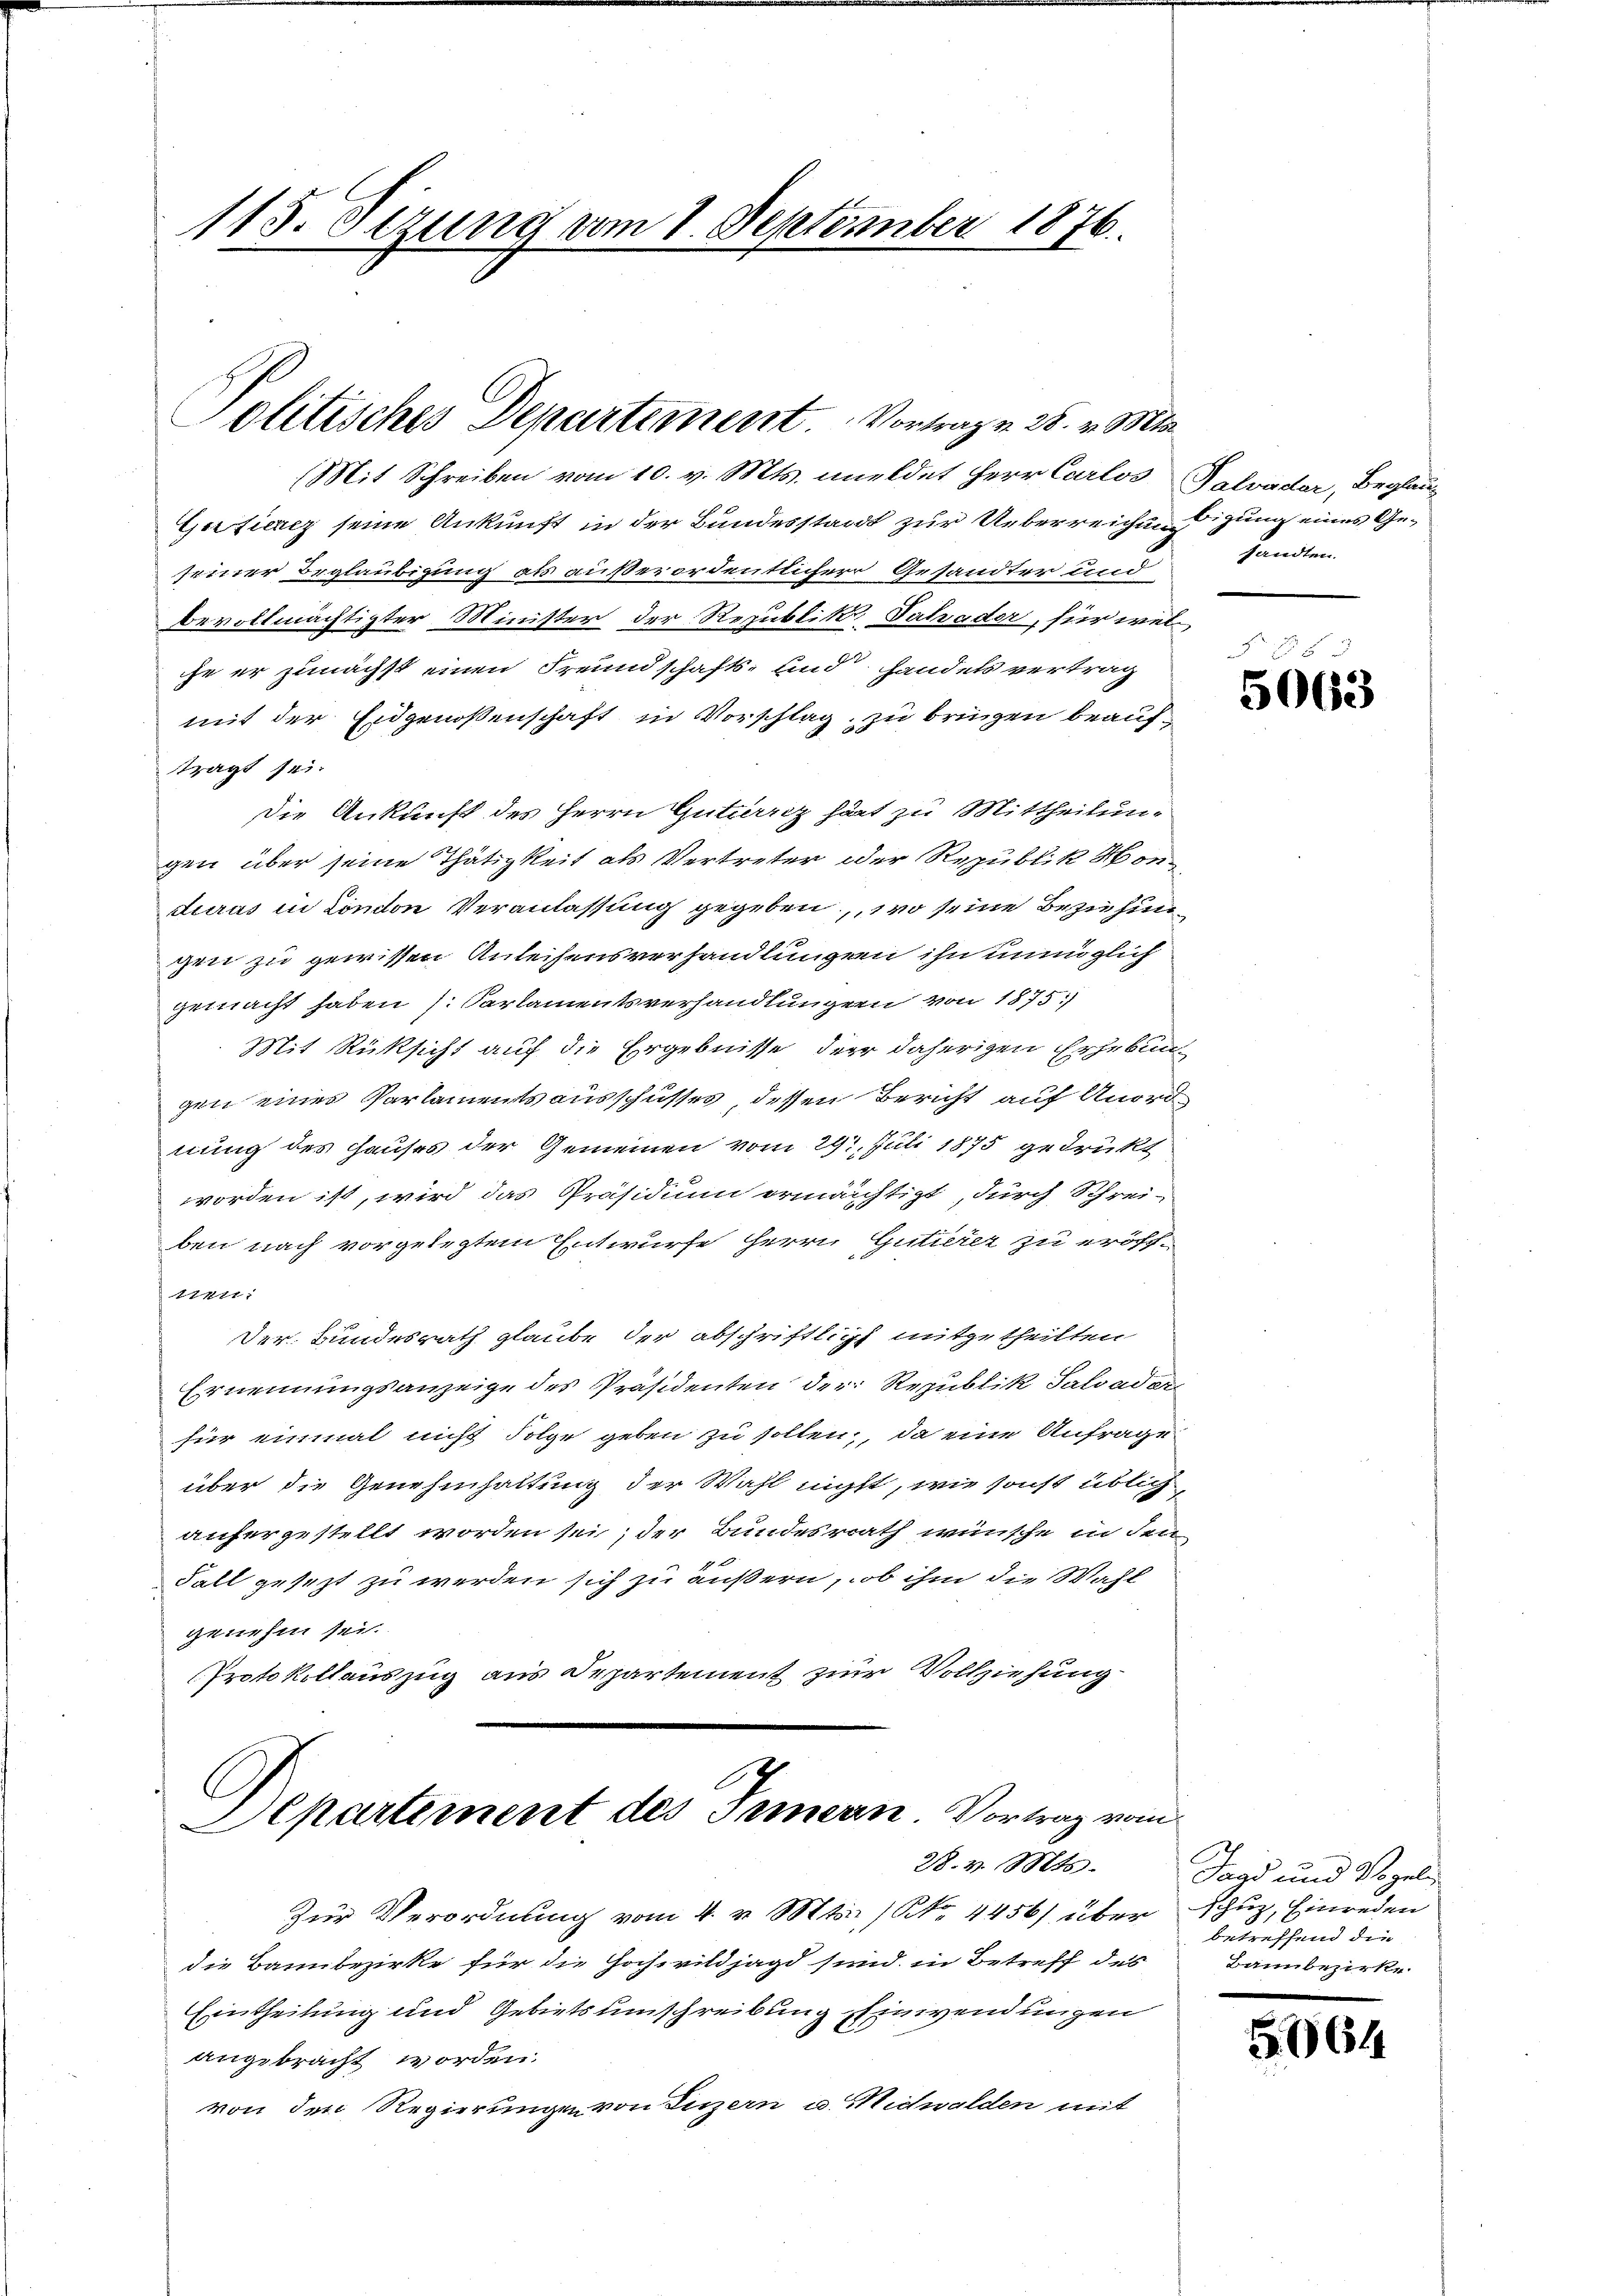
115. Sizung vom 1. September 1876.

Politisches Departement. Vortragen 25. v. Mts.

Mit Schreiben vom 10. v. Mts. meldet Herr Carlos Salvader, Beglau¬
Gefierez seine Ankunft in der Bundesstaat zur Ueberreichnigung eines Geseiner Beglaubigung als außerordentlicherr Gesandter und
bevollmächtigter Minister der Republik Tatsader, für welche er zunächst einen Freundschafts- und Handels vertrag
mit der Eidgenossenschaft in Vorschlag, zu bringen beaufträgt sei.
Die Ankunft des Herrn Guttarz hat zu Mittheilungen über seine Thätigkeit als Vertreter oder Republik Honduras in London Veranlassung gegeben, wo seine Beziehun
gen zu gewissen Anleihensverhandlungen ihn unmöglich
gemacht haben (Parlamentsverhandlungen von 1875.
Mit Rücksicht auf die Ergebnisse der daherigen Erhebun
gen einer Parlamentsausschusses dessen Bericht auf Anordnung des Hauses der Gemeinen vom 29. Juli 1875 gedrückt
worden ist, wird das Präsidium ermächtigt, durch Schrei-
ben nach vorgelegtem Entwurfe Herrn Gutierer zu eröff-
7411.
Der Bundesrath glaube der abschriftlich mitgetheilten
Ernennungsanzeige des Präsidenten der Republik Salvader
für einmal nicht Folge geben zu sollen, da eine Anfrage
über die Genehmhaltung der Wahl nichtt, wie sonst üblich
aufergestellt worden sei; der Bundesrath wünsche in den
Fall gesezt zu werden sich zu äußern, ob ihm die Wahl
genehm sei.
Protokollauszug aus Departement zur Vollziehung
2
Separtement des Innern Vortrag vom
28. v. Mts.
Zur Verordnung vom 4. v. Mts. (N. 4456) über schuz, Einreden
die Bannbezirke für die Hochwildjagd sind in Betreff des
Eintheilung und Gebiets umschreibung Einwendungen
angebracht worden.
von den Regierungen von Luzern u. Midwalden mit

Handten.

.
5063

Jagd und Vogelin
betreffend die
Bannbezirke.

5964